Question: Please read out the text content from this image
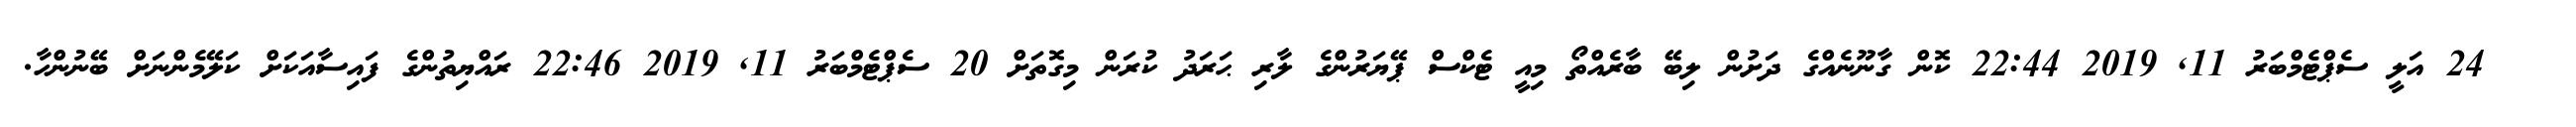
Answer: ??? 24 އަލީ ސެޕްޓެމްބަރު 11, 2019 22:44 ކޮން ގާނޫނެއްގެ ދަށުން ލިބޭ ބާރެއްތޯ މިއީ ޓެކްސް ޕޭޔަރުންގެ ލާރި ޙަރަދު ކުރަން މިގޮތަށް 20 ސެޕްޓެމްބަރު 11, 2019 22:46 ރައްޔިތުންގެ ފައިސާއަކަށް ކަލޭމެންނަށް ބޭނުންހާ.